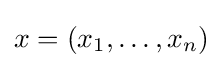
\textstyle x=(x_{1},\dots ,x_{n})